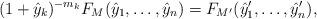
LaTeX: \begin{align*}(1 + \hat y_k)^{-m_k} F_M(\hat y_1, \dots, \hat y_n) = F_{M'}(\hat y_1', \dots, \hat y_n'),\end{align*}